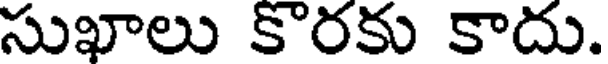
సుఖాలు కొరకు కాదు.